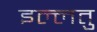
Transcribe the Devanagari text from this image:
इल्लतु